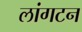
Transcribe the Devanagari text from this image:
लांगटन